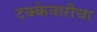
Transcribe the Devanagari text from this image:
टक्केवारीचा